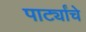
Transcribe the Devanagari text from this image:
पार्ट्यांचे